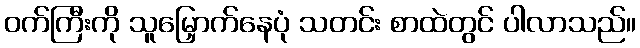
ဝက်ကြီးကို သူမြှောက်နေပုံ သတင်း စာထဲတွင် ပါလာသည်။